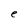
Character: e